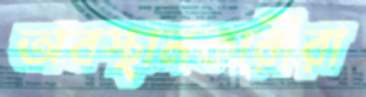
অবস্থানকারীরা